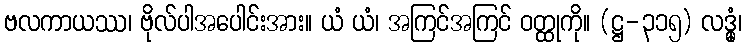
ဗလကာယဿ၊ ဗိုလ်ပါအပေါင်းအား။ ယံ ယံ၊ အကြင်အကြင် ဝတ္ထုကို။ (ဋ္ဌ-၃၁၅) လဒ္ဓုံ၊